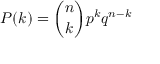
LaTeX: P ( k ) = { \binom { n } { k } } p ^ { k } q ^ { n - k }